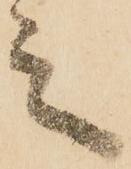
之